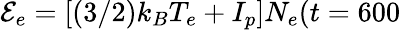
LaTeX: \mathcal{E}_{e}=\left[(3/2){k_{B}}T_{e}+I_{p}\right]N_{e}(t=600